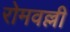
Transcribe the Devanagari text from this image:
रोमवल्ली